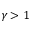
\gamma > 1